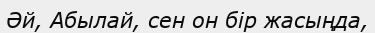
Әй, Абылай, сен он бір жасыңда,